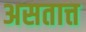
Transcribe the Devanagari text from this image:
असतात्त